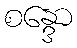
စန္ဒော